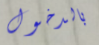
بالدخول